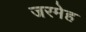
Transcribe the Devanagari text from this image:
जरमेह